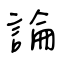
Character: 論